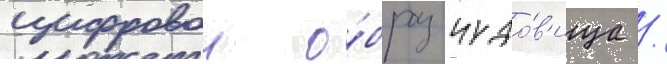
цифровои о́браз чудо́в'ища /